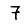
Digit: 7